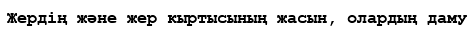
Жердің және жер кыртысының жасын, олардың даму